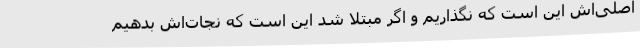
اصلی‌اش این است که نگذاریم و اگر مبتلا شد این است که نجات‌اش بدهیم